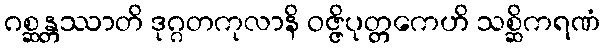
ဂစ္ဆန္တဿာတိ ဒုဂ္ဂတကုလာနိ ဝဇ္ဇိပုတ္တကေဟိ သစ္ဆိကရဏံ